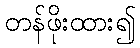
တန်ဖိုးထား၍